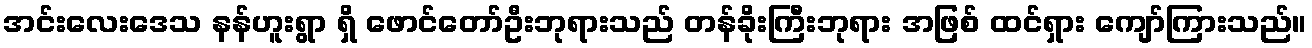
အင်းလေးဒေသ နန်ဟူးရွာ ရှိ ဖောင်တော်ဦးဘုရားသည် တန်ခိုးကြီးဘုရား အဖြစ် ထင်ရှား ကျော်ကြားသည်။